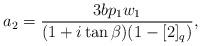
LaTeX: \begin{align*}a_{2} = \frac{3bp_1 w_1}{(1+i\tan\beta)(1-[2]_{q})},\end{align*}